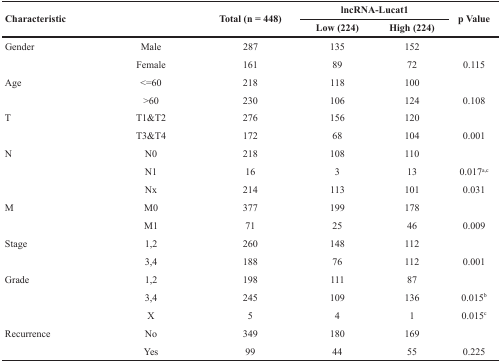
<table><thead><tr><td rowspan="2"><b>Characteristic</b></td><td rowspan="2"></td><td rowspan="2"><b>Total (n = 448)</b></td><td colspan="2"><b>lncRNA-Lucat1</b></td><td rowspan="2"><b>p Value</b></td></tr><tr><td><b>Low (224)</b></td><td><b>High (224)</b></td></tr></thead><tbody><tr><td>Gender</td><td>Male</td><td>287</td><td>135</td><td>152</td><td></td></tr><tr><td></td><td>Female</td><td>161</td><td>89</td><td>72</td><td>0.115</td></tr><tr><td>Age</td><td>&lt;=60</td><td>218</td><td>118</td><td>100</td><td></td></tr><tr><td></td><td>&gt;60</td><td>230</td><td>106</td><td>124</td><td>0.108</td></tr><tr><td>T</td><td>T1&amp;T2</td><td>276</td><td>156</td><td>120</td><td></td></tr><tr><td></td><td>T3&amp;T4</td><td>172</td><td>68</td><td>104</td><td>0.001</td></tr><tr><td>N</td><td>N0</td><td>218</td><td>108</td><td>110</td><td></td></tr><tr><td></td><td>N1</td><td>16</td><td>3</td><td>13</td><td>0.017<sup>a,c</sup></td></tr><tr><td></td><td>Nx</td><td>214</td><td>113</td><td>101</td><td>0.031</td></tr><tr><td>M</td><td>M0</td><td>377</td><td>199</td><td>178</td><td></td></tr><tr><td></td><td>M1</td><td>71</td><td>25</td><td>46</td><td>0.009</td></tr><tr><td>Stage</td><td>1,2</td><td>260</td><td>148</td><td>112</td><td></td></tr><tr><td></td><td>3,4</td><td>188</td><td>76</td><td>112</td><td>0.001</td></tr><tr><td>Grade</td><td>1,2</td><td>198</td><td>111</td><td>87</td><td></td></tr><tr><td></td><td>3,4</td><td>245</td><td>109</td><td>136</td><td>0.015<sup>b</sup></td></tr><tr><td></td><td>X</td><td>5</td><td>4</td><td>1</td><td>0.015<sup>c</sup></td></tr><tr><td>Recurrence</td><td>No</td><td>349</td><td>180</td><td>169</td><td></td></tr><tr><td></td><td>Yes</td><td>99</td><td>44</td><td>55</td><td>0.225</td></tr></tbody></table>